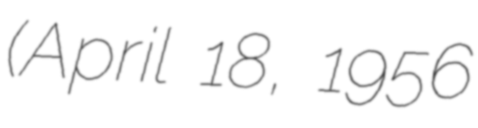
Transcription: (April 18, 1956